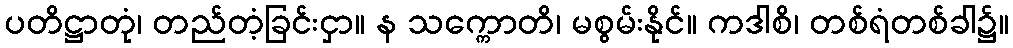
ပတိဋ္ဌာတုံ၊ တည်တံ့ခြင်းငှာ။ န သက္ကောတိ၊ မစွမ်းနိုင်။ ကဒါစိ၊ တစ်ရံတစ်ခါ၌။